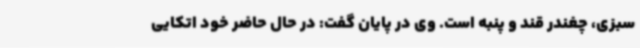
سبزی، چغندر قند و پنبه است. وی در پایان گفت: در حال حاضر خود اتکایی